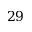
2 9